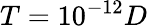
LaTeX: {T=10^{-12}D}